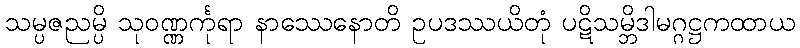
သမ္ပဇညမ္ပိ သုဝဏ္ဏင်္ကုရာ နာဿေနောတိ ဥပဒဿယိတုံ ပဋိသမ္ဘိဒါမဂ္ဂဋ္ဌကထာယ